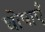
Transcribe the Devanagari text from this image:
घोषाएँ